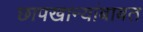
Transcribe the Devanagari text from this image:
छापखान्यांबाबत